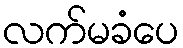
လက်မခံပေ